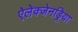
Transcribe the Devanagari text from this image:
ऐलेक्जेनड्रिया